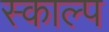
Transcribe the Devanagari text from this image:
स्काल्प